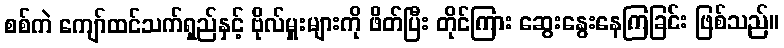
စစ်ကဲ ကျော်ထင်သက်ရှည်နှင့် ဗိုလ်မှူးများကို ဖိတ်ပြီး တိုင်ကြား ဆွေးနွေးနေကြခြင်း ဖြစ်သည်။